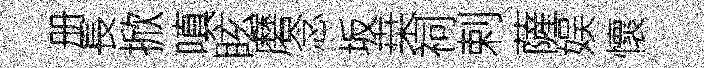
册長掀嗔眩磨念坂桒祠剌薩娱懷